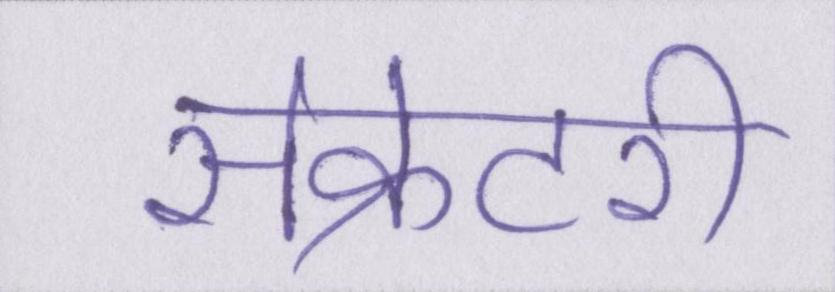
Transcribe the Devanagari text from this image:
सेक्रेटरी